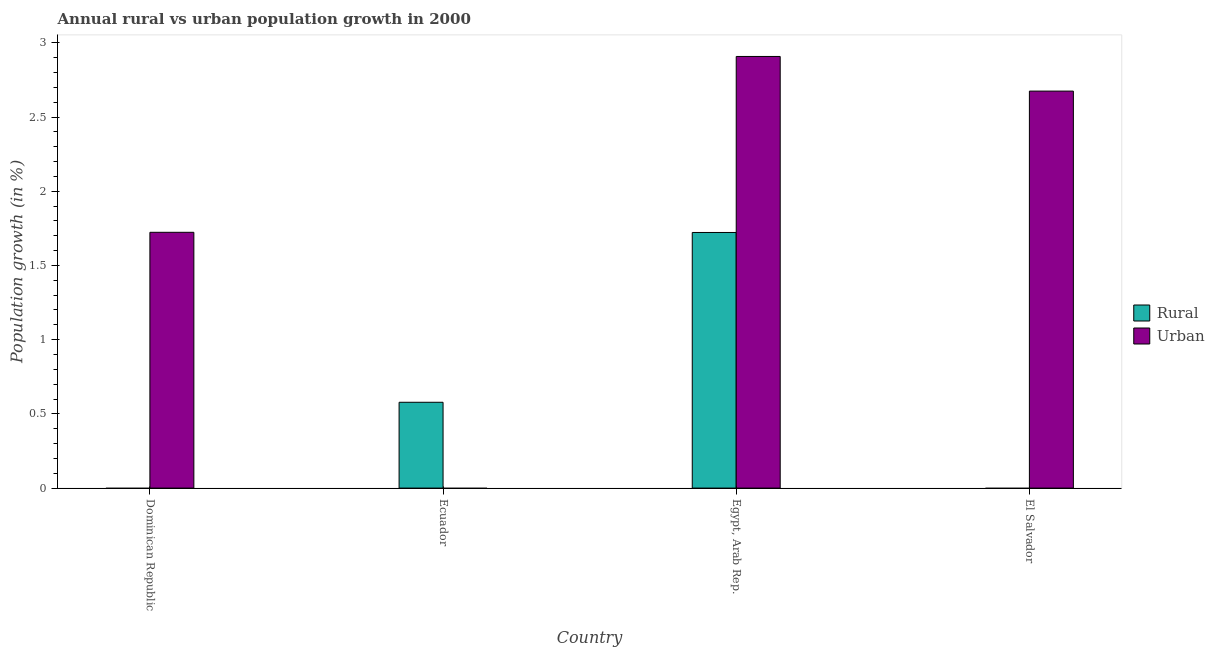
| Country | Rural | Urban  |
 | --- | --- | --- |
 | Dominican Republic | -0.549 | 1.72 |
 | Ecuador | 0.578 | -0.187 |
 | Egypt, Arab Rep. | 1.72 | 2.91 |
 | El Salvador | -0.717 | 2.67 |